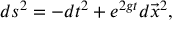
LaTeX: d s ^ { 2 } = - d t ^ { 2 } + e ^ { 2 g t } d \vec { x } ^ { 2 } ,